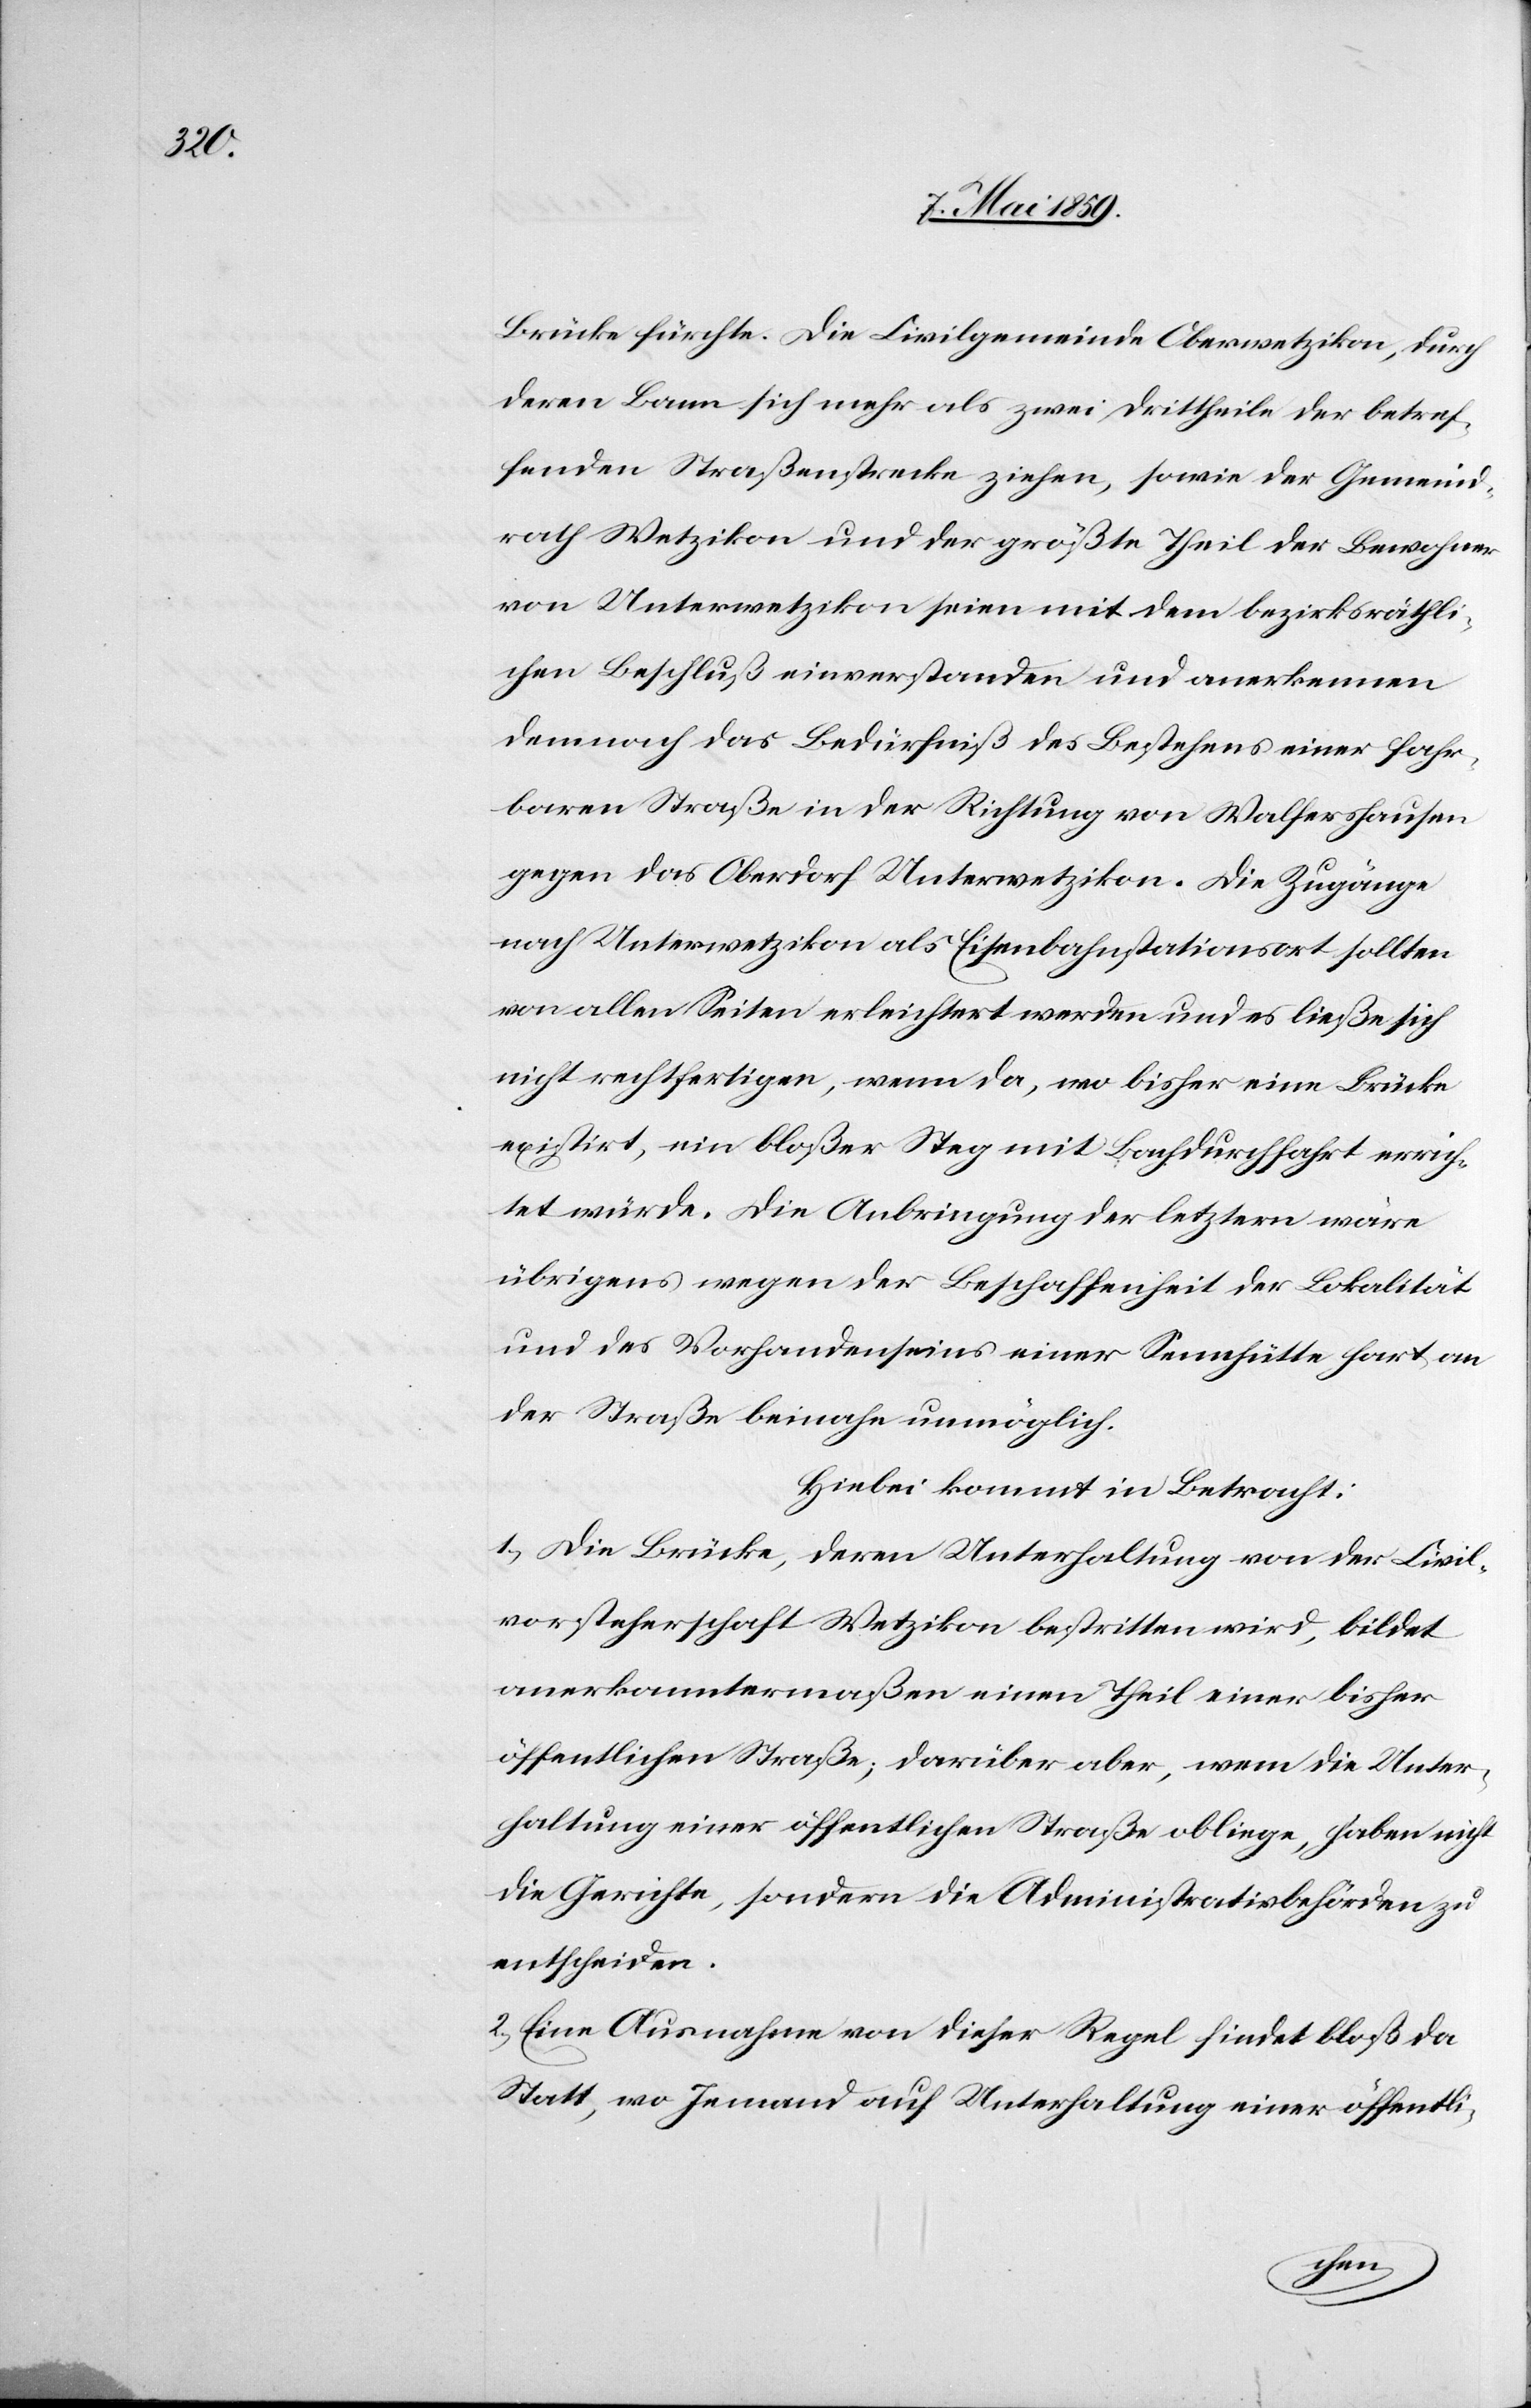
Brücke fürchte. Die Civilgemeinde Oberwetzikon, durch
deren Bann sich mehr als zwei Drittheile der betref¬
fenden Straßenstrecke ziehen, sowie der Gemeind¬
rath Wetzikon und der größte Theil der Bewohner
von Unterwetzikon seien mit dem bezirksräthli¬
chen Beschluß einverstanden und anerkennen
demnach das Bedürfniß des Bestehens einer fahr¬
baren Straße in der Richtung von Walfershausen
gegen das Oberdorf Unterwetzikon. Die Zugänge
nach Unterwetzikon als Eisenbahnstationsort sollten
von allen Seiten erleichtert werden und es ließe sich
nicht rechtfertigen, wenn da, wo bisher eine Brücke
existirt, ein bloßer Steg mit Bachdurchfahrt errich¬
tet würde. Die Anbringung der letztern wäre
übrigens wegen der Beschaffenheit der Lokalität
und des Vorhandenseins einer Sennhütte hart an
der Straße beinahe unmöglich.
Hiebei kommt in Betracht:
1) Die Brücke, deren Unterhaltung von der Civil¬
vorsteherschaft Wetzikon bestritten wird, bildet
anerkanntermaßen einen Theil einer bisher
öffentlichen Straße; darüber aber, wem die Unter¬
haltung einer öffentlichen Straße obliege, haben nicht
die Gerichte, sondern die Administrativbehörden zu
entscheiden.
2) Eine Ausnahme von dieser Regel findet bloß da
statt, wo Jemand auf Unterhaltung einer öffentli-